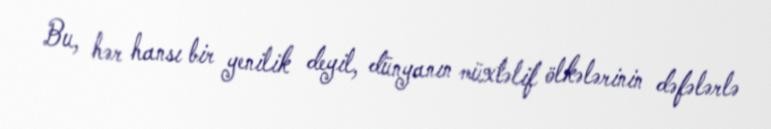
Bu, hər hansı bir yenilik deyil, dünyanın müxtəlif ölkələrinin dəfələrlə